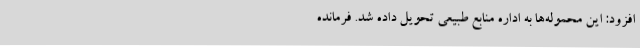
افزود: این محموله‌ها به اداره منابع طبیعی تحویل داده شد. فرمانده